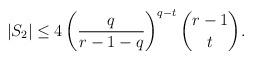
LaTeX: \begin{align*}|S_2|\leq 4\left(\frac{q}{r-1-q}\right)^{q-t}\binom{r-1}{t}.\end{align*}